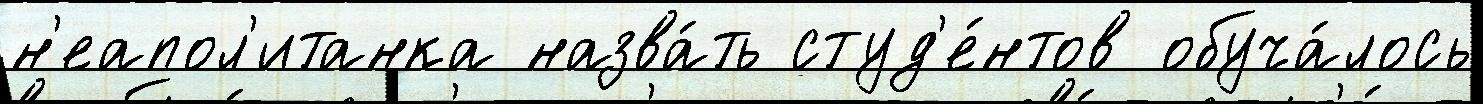
н'еапол'итанка назва́ть студ'е́нтов обуча́лось